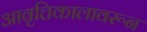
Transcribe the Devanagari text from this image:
आवृत्तिकालावरून